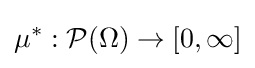
\mu ^{*}:{\mathcal {P}}(\Omega )\to [0,\infty ]